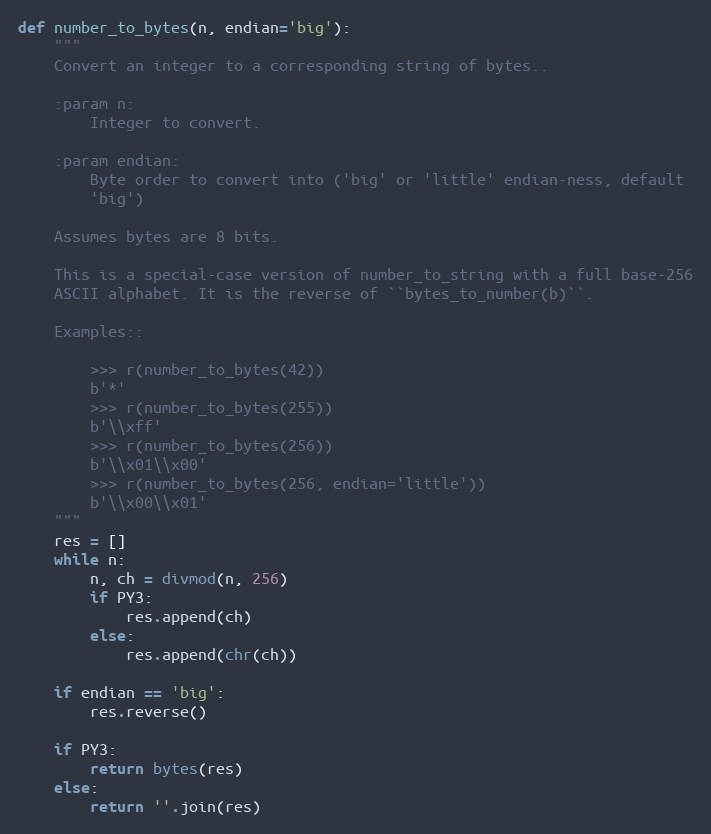
Language: Python
def number_to_bytes(n, endian='big'):
    """
    Convert an integer to a corresponding string of bytes..

    :param n:
        Integer to convert.

    :param endian:
        Byte order to convert into ('big' or 'little' endian-ness, default
        'big')

    Assumes bytes are 8 bits.

    This is a special-case version of number_to_string with a full base-256
    ASCII alphabet. It is the reverse of ``bytes_to_number(b)``.

    Examples::

        >>> r(number_to_bytes(42))
        b'*'
        >>> r(number_to_bytes(255))
        b'\\xff'
        >>> r(number_to_bytes(256))
        b'\\x01\\x00'
        >>> r(number_to_bytes(256, endian='little'))
        b'\\x00\\x01'
    """
    res = []
    while n:
        n, ch = divmod(n, 256)
        if PY3:
            res.append(ch)
        else:
            res.append(chr(ch))

    if endian == 'big':
        res.reverse()

    if PY3:
        return bytes(res)
    else:
        return ''.join(res)